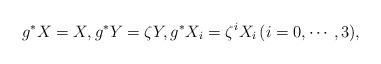
LaTeX: \begin{align*}g^{*}X = X, g^{*}Y=\zeta Y, g^{*}X_{i} = \zeta^{i}X_{i}\, (i=0,\cdots, 3),\end{align*}